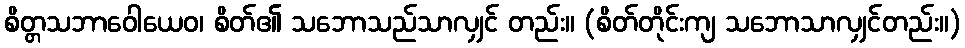
စိတ္တသဘာဝေါယေဝ၊ စိတ်၏ သဘောသည်သာလျှင် တည်း။ (စိတ်တိုင်းကျ သဘောသာလျှင်တည်း။)